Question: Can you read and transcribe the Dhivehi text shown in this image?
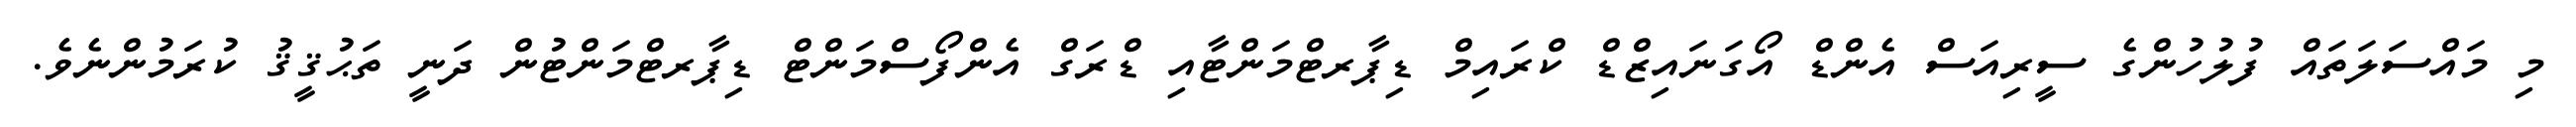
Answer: މި މައްސަލަތައް ފުލުހުންގެ ސީރިއަސް އެންޑް އޯގަނައިޒްޑް ކްރައިމް ޑިޕާރޓްމަންޓާއި ޑްރަގް އެންފޯސްމަންޓް ޑިޕާރޓްމަންޓުން ދަނީ ތަޙުޤީޤު ކުރަމުންނެވެ.